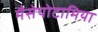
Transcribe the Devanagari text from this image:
मैसेपोटामिया